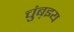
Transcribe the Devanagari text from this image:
चुंब़इय